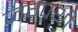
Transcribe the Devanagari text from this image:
जग्पथी